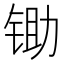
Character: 锄